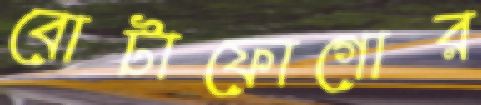
বোটাফোগোর